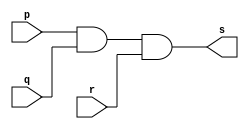
// Nome: Matheus Filipe Sieiro Vargas
module andgate (output s, input p, input q, input r);

	assign s = p & q & r;

endmodule

module testeandgate;

	reg a,b,c;
	wire s;
	
	andgate AND1(s, a, b, c);
	
	initial begin:start
	
	a=0;
	b=0;
	c=0;
	
	end
	
	initial begin:main
	
	$display("Exemplo0008 - talo Guimares Otoni - 451581");
	$monitor ("%b %b %b = %b", a, b, c, s);
	
	#1 a=0; b=0; c=1;
	#1 a=0; b=1; c=0;
	#1 a=0; b=1; c=1;
	#1 a=1; b=0; c=0;
	#1 a=1; b=0; c=1;
	#1 a=1; b=1; c=0;
	#1 a=1; b=1; c=1;

	end

endmodule